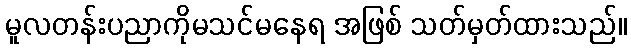
မူလတန်းပညာကိုမသင်မနေရ အဖြစ် သတ်မှတ်ထားသည်။